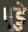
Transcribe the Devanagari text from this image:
पूड़े